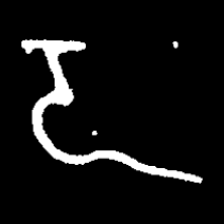
Pyu character \u2014 Myanmar letter: ဍ (romanized: dda)